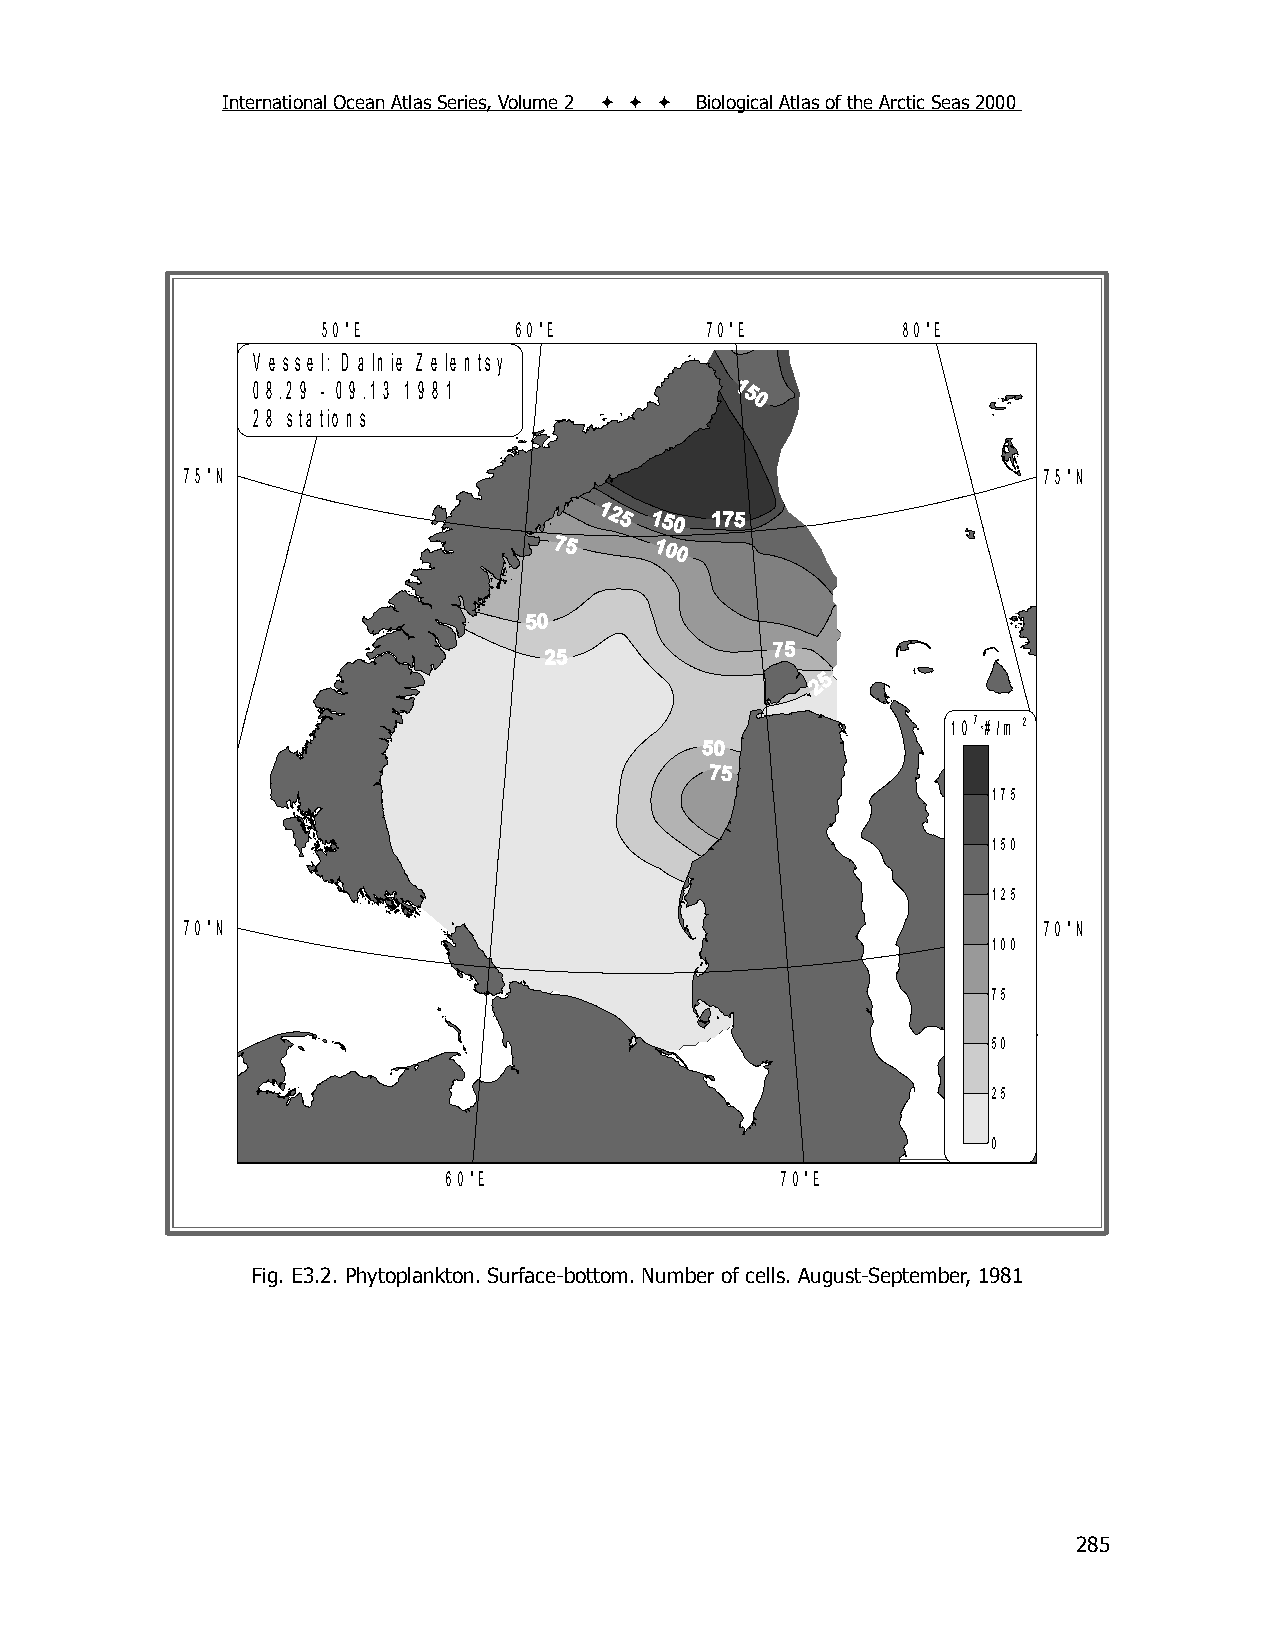
International Ocean Atlas Series, Volume 2    Biological Atlas of the Arctic Seas 2000
 5 0 °E       6 0 °E       7 0 °E       8 0 °E
 V e s s e l: D a ln ie Z e le n ts y
 0 8 .2 9 - 0 9 .1 3 1 9 8 1
 2 8 s ta tio n s
 7 5 °N                                                   7 5 °N
 1 07 *# /m 2
 175
 150
 125
 7 0 °N                                                   7 0 °N
 100
 75
 50
 25
 0
 6 0 °E                7 0 °E
 F ig . 2 .3 .1 . P h y to p la n k to n , T a x a C o u n t (# )
 Fig. E3.2. Phytoplankton. Surface-bottom. Number of cells. August-September, 1981
 285